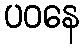
ပဝနေ